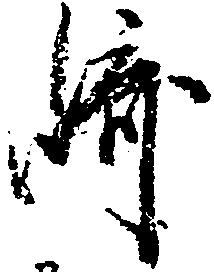
崎